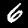
Digit: 6